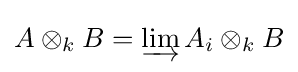
A\otimes _{k}B=\varinjlim A_{i}\otimes _{k}B